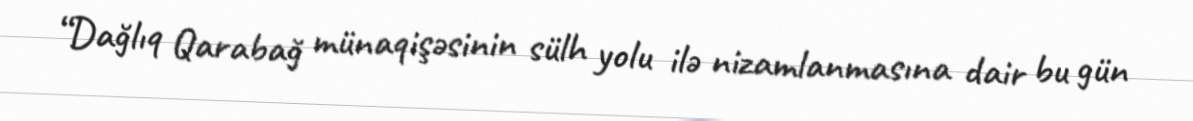
“Dağlıq Qarabağ münaqişəsinin sülh yolu ilə nizamlanmasına dair bu gün